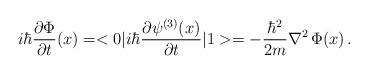
LaTeX: \begin{align*}i\hbar {\partial\Phi \over \partial t} (x)= < 0 | i\hbar {\partial\psi^{(3)}(x) \over \partial t} |1 >= - {\hbar^2 \over 2m} \nabla ^2 \, \Phi(x)\,.\end{align*}